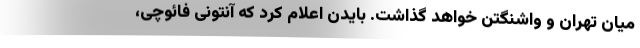
میان تهران و واشنگتن خواهد گذاشت. بایدن اعلام کرد که آنتونی فائوچی،